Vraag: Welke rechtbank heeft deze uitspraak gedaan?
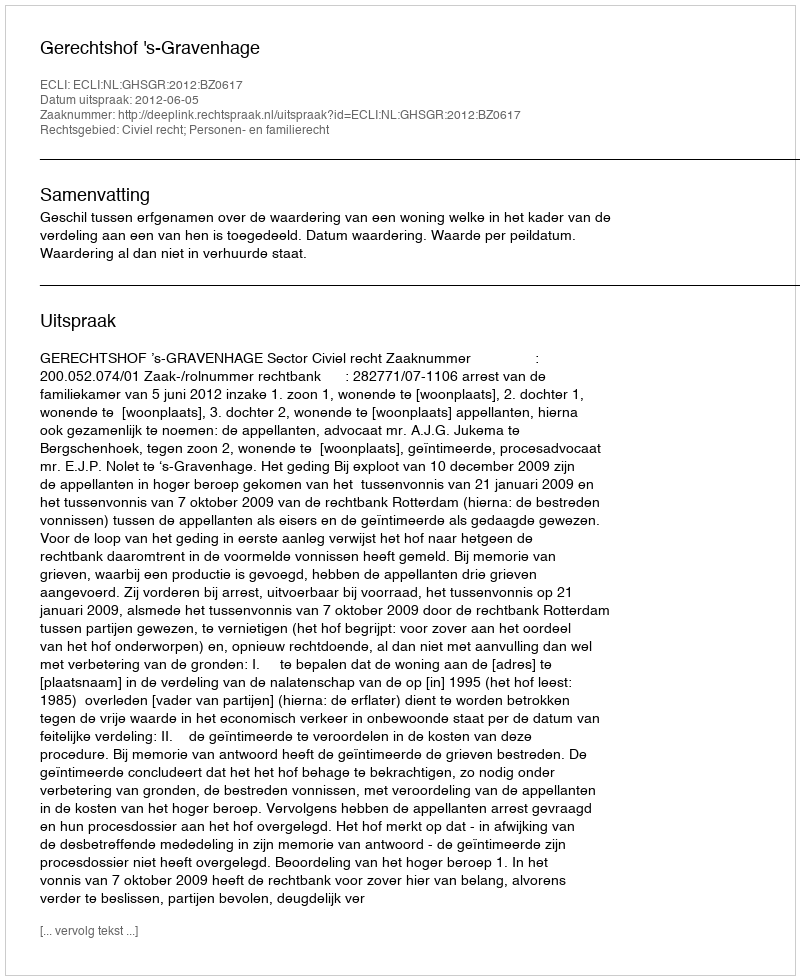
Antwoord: Gerechtshof 's-Gravenhage